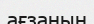
ағзаның